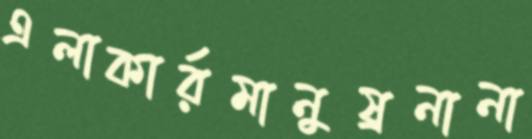
এলাকার্রমানুষ্রনানা